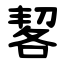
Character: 㗉